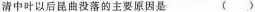
清中叶以后昆曲没落的主要原因是（）